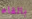
بالقاء